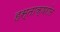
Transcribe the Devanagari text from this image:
हस्ताक्षरांत